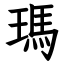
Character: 瑪